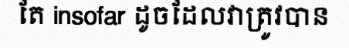
តែ insofar ដូចដែលវាត្រូវបាន